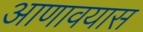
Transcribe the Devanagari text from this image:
आणावयास